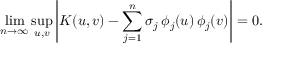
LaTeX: \operatorname* { l i m } _ { n \to \infty } \operatorname* { s u p } _ { u , v } \left| K ( u , v ) - \sum _ { j = 1 } ^ { n } \sigma _ { j } \, \phi _ { j } ( u ) \, \phi _ { j } ( v ) \right| = 0 .